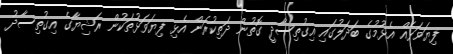
ފިޔަވަޅެއް އެޅުމުގެ ބަދަލުގައި އިގުތިސާދީ ގޮތުން ދަތިކުރަން އެޅި ފިޔަވަޅުތަކުން ރަޝިޔާގެ އިގުތިސާދު